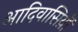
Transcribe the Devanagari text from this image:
आदिवासिय़ॊं